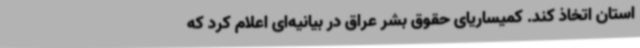
استان اتخاذ کند. کمیساریای حقوق بشر عراق در بیانیه‌ای اعلام کرد که